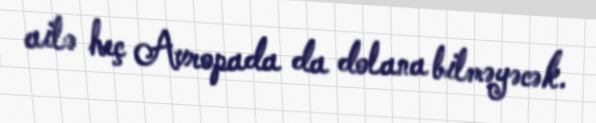
ailə heç Avropada da dolana bilməyəcək.